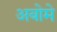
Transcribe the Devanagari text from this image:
अबोमे